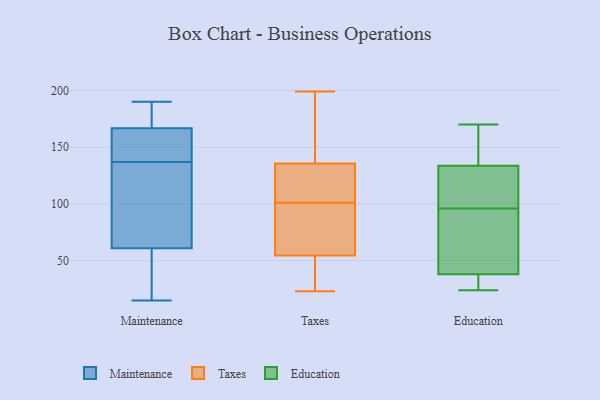
{"axis": {"x": "Operating Costs (USD K)", "y": "Value"}, "legend": ["Education", "Maintenance", "Taxes"], "data": [{"x": "", "y": 110, "type": "Maintenance"}, {"x": "", "y": 87, "type": "Maintenance"}, {"x": "", "y": 42, "type": "Maintenance"}, {"x": "", "y": 163, "type": "Maintenance"}, {"x": "", "y": 79, "type": "Maintenance"}, {"x": "", "y": 161, "type": "Maintenance"}, {"x": "", "y": 168, "type": "Maintenance"}, {"x": "", "y": 55, "type": "Maintenance"}, {"x": "", "y": 172, "type": "Maintenance"}, {"x": "", "y": 183, "type": "Maintenance"}, {"x": "", "y": 86, "type": "Maintenance"}, {"x": "", "y": 145, "type": "Maintenance"}, {"x": "", "y": 15, "type": "Maintenance"}, {"x": "", "y": 170, "type": "Maintenance"}, {"x": "", "y": 36, "type": "Maintenance"}, {"x": "", "y": 137, "type": "Maintenance"}, {"x": "", "y": 190, "type": "Maintenance"}, {"x": "", "y": 145, "type": "Maintenance"}, {"x": "", "y": 48, "type": "Maintenance"}, {"x": "", "y": 144, "type": "Taxes"}, {"x": "", "y": 23, "type": "Taxes"}, {"x": "", "y": 132, "type": "Taxes"}, {"x": "", "y": 44, "type": "Taxes"}, {"x": "", "y": 78, "type": "Taxes"}, {"x": "", "y": 98, "type": "Taxes"}, {"x": "", "y": 101, "type": "Taxes"}, {"x": "", "y": 125, "type": "Taxes"}, {"x": "", "y": 157, "type": "Taxes"}, {"x": "", "y": 47, "type": "Taxes"}, {"x": "", "y": 199, "type": "Taxes"}, {"x": "", "y": 77, "type": "Taxes"}, {"x": "", "y": 43, "type": "Taxes"}, {"x": "", "y": 137, "type": "Taxes"}, {"x": "", "y": 114, "type": "Taxes"}, {"x": "", "y": 85, "type": "Education"}, {"x": "", "y": 41, "type": "Education"}, {"x": "", "y": 96, "type": "Education"}, {"x": "", "y": 104, "type": "Education"}, {"x": "", "y": 154, "type": "Education"}, {"x": "", "y": 138, "type": "Education"}, {"x": "", "y": 24, "type": "Education"}, {"x": "", "y": 37, "type": "Education"}, {"x": "", "y": 121, "type": "Education"}, {"x": "", "y": 170, "type": "Education"}, {"x": "", "y": 27, "type": "Education"}]}